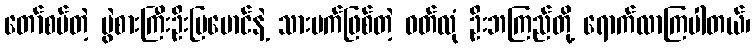
တော်စပ်တဲ့ ပွဲစားကြီးဦးမြမောင်နဲ့ သားမက်ဖြစ်တဲ့ ဝတ်လုံ ဦးဘကြည်တို့ ရောက်လာကြပါတယ်၊